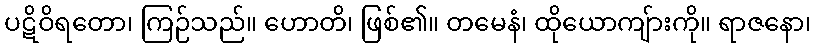
ပဋိဝိရတော၊ ကြဉ်သည်။ ဟောတိ၊ ဖြစ်၏။ တမေနံ၊ ထိုယောကျ်ားကို။ ရာဇနော၊